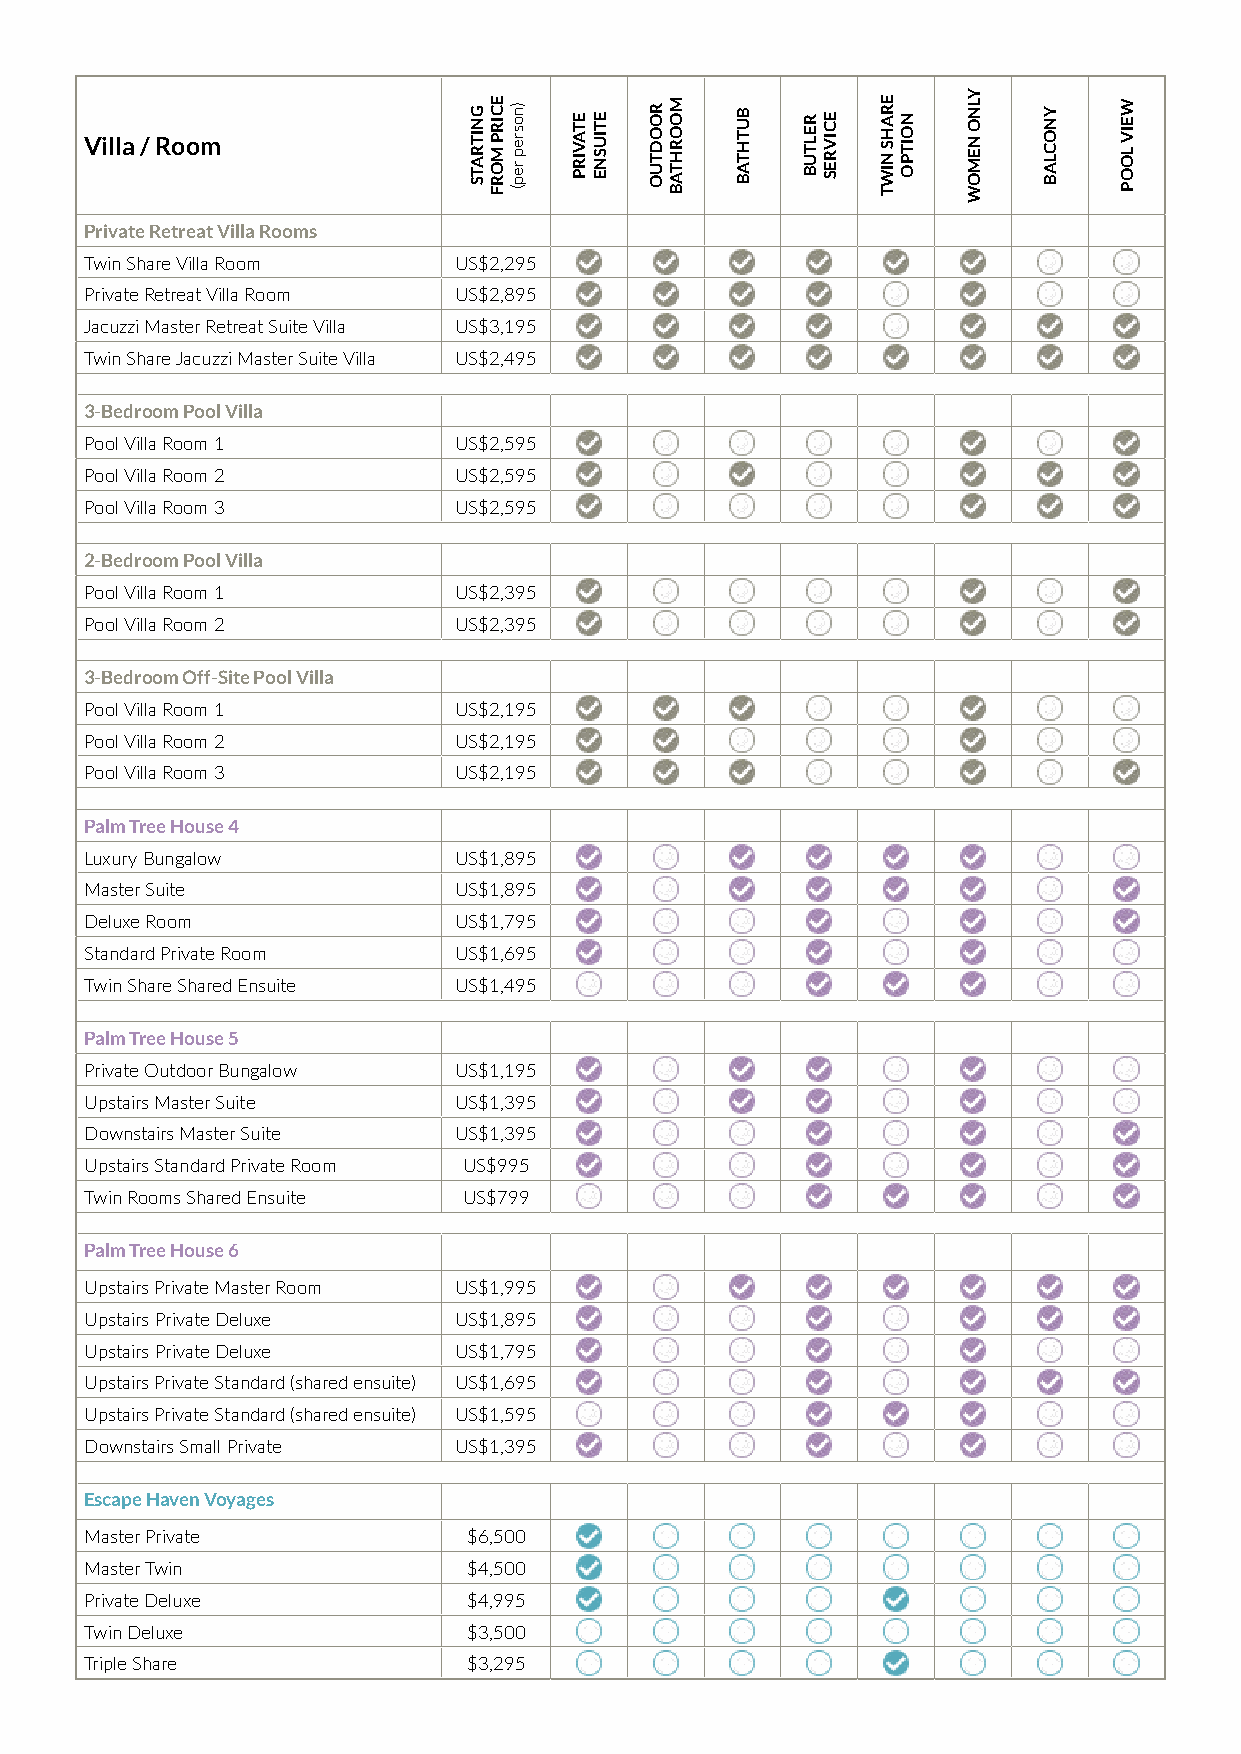
Villa / Room
 Private Retreat Villa Rooms
 Twin Share Villa Room   US$2,295
 Private Retreat Villa Room US$2,895
 Jacuzzi Master Retreat Suite Villa US$3,195
 Twin Share Jacuzzi Master Suite Villa US$2,495
 3-Bedroom Pool Villa
 Pool Villa Room 1       US$2,595
 Pool Villa Room 2       US$2,595
 Pool Villa Room 3       US$2,595
 2-Bedroom Pool Villa
 Pool Villa Room 1       US$2,395
 Pool Villa Room 2       US$2,395
 3-Bedroom Off-Site Pool Villa
 Pool Villa Room 1       US$2,195
 Pool Villa Room 2       US$2,195
 Pool Villa Room 3       US$2,195
 Palm Tree House 4
 Luxury Bungalow         US$1,895
 Master Suite            US$1,895
 Deluxe Room             US$1,795
 Standard Private Room   US$1,695
 Twin Share Shared Ensuite US$1,495
 Palm Tree House 5
 Private Outdoor Bungalow US$1,195
 Upstairs Master Suite   US$1,395
 Downstairs Master Suite US$1,395
 Upstairs Standard Private Room US$995
 Twin Rooms Shared Ensuite US$799
 Palm Tree House 6
 Upstairs Private Master Room US$1,995
 Upstairs Private Deluxe US$1,895
 Upstairs Private Deluxe US$1,795
 Upstairs Private Standard (shared ensuite) US$1,695
 Upstairs Private Standard (shared ensuite) US$1,595
 Downstairs Small Private US$1,395
 Escape Haven Voyages
 Master Private           $6,500
 Master Twin              $4,500
 Private Deluxe           $4,995
 Twin Deluxe              $3,500
 Triple Share             $3,295
 GNITRATS ECIRP
 MORF
 )nosrep
 rep(
 ETAVIRP ETIUSNE ROODTUO MOORHTAB BUTHTAB RELTUB ECIVRES ERAHS
 NIWT
 NOITPO
 YLNO
 NEMOW
 YNOCLAB WEIV
 LOOP